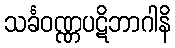
သင်္ခဝဏ္ဏပဋိဘာဂါနိ